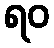
ရဝ